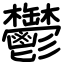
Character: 鬱